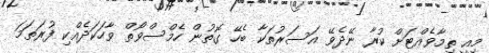
މިއީ ތިމާވެއްޓަށް ކުރާ ނޭދެވޭ އަސަރުތަކާ ބެހޭ ގޮތުން ހެމްސްވޯތް ވާހަކަދެއްކި ފުރަތަމަ